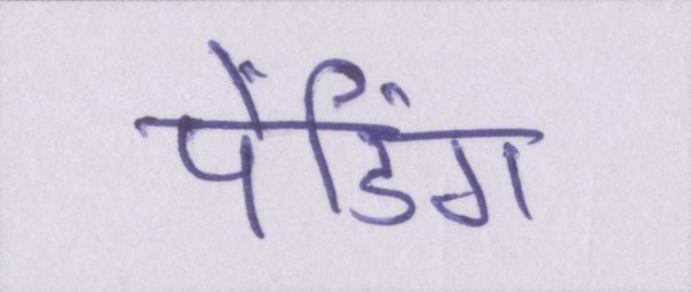
पेंडिंग